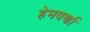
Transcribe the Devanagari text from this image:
हेमवर्णा